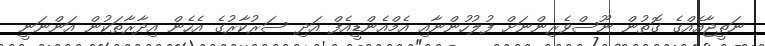
ނަތީޖާއެއްގެ ގޮތުން ނޫސްވެރިންނަށް ފުލުހުންނާއި އެމްއެންޑީއެފް އަދި ސަރުކާރުގެ އެހެން އިދާރާތަކުން އަންނަނީ